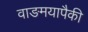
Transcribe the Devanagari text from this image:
वाङमयापैकी